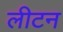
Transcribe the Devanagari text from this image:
लीटन